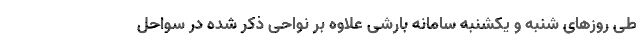
طی روز‌های شنبه و یکشنبه سامانه بارشی علاوه بر نواحی ذکر شده در سواحل